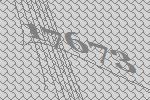
17673